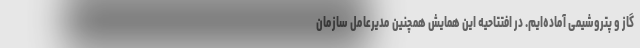
گاز و پتروشیمی آماده‌ایم. در افتتاحیه این همایش همچنین مدیرعامل سازمان